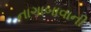
નાગાબાવાની